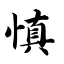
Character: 慎